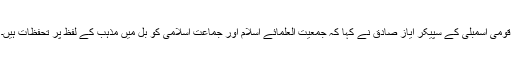
قومی اسمبلی کے سپیکر ایاز صادق نے کہا کہ جمعیت العلمائے اسلام اور جماعت اسلامی کو بل میں مذہب کے لفظ پر تحفظات ہیں۔